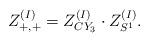
LaTeX: \begin{align*}Z^{(I)}_{+,+}=Z_{CY_3}^{(I)} \cdot Z_{S^1}^{(I)}.\end{align*}